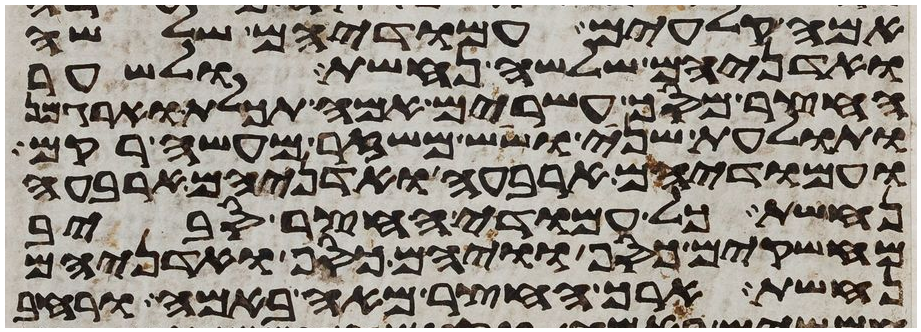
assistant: אמה קלעים עמודיהם שלשה
ואדניהם שלשה נחשת ולשער
החצר מסך עשרים אמה תכלת וארגמן
ותולעת שני ושש משזר מעשה רקם
ועמודיהם ארבעה ואדניהם ארבעה
נחשת כל עמודי החצר סביב
מחשקים כסף וויהם כסף ואדניהם
נחשת ארך החצר מאה באמה ורחב